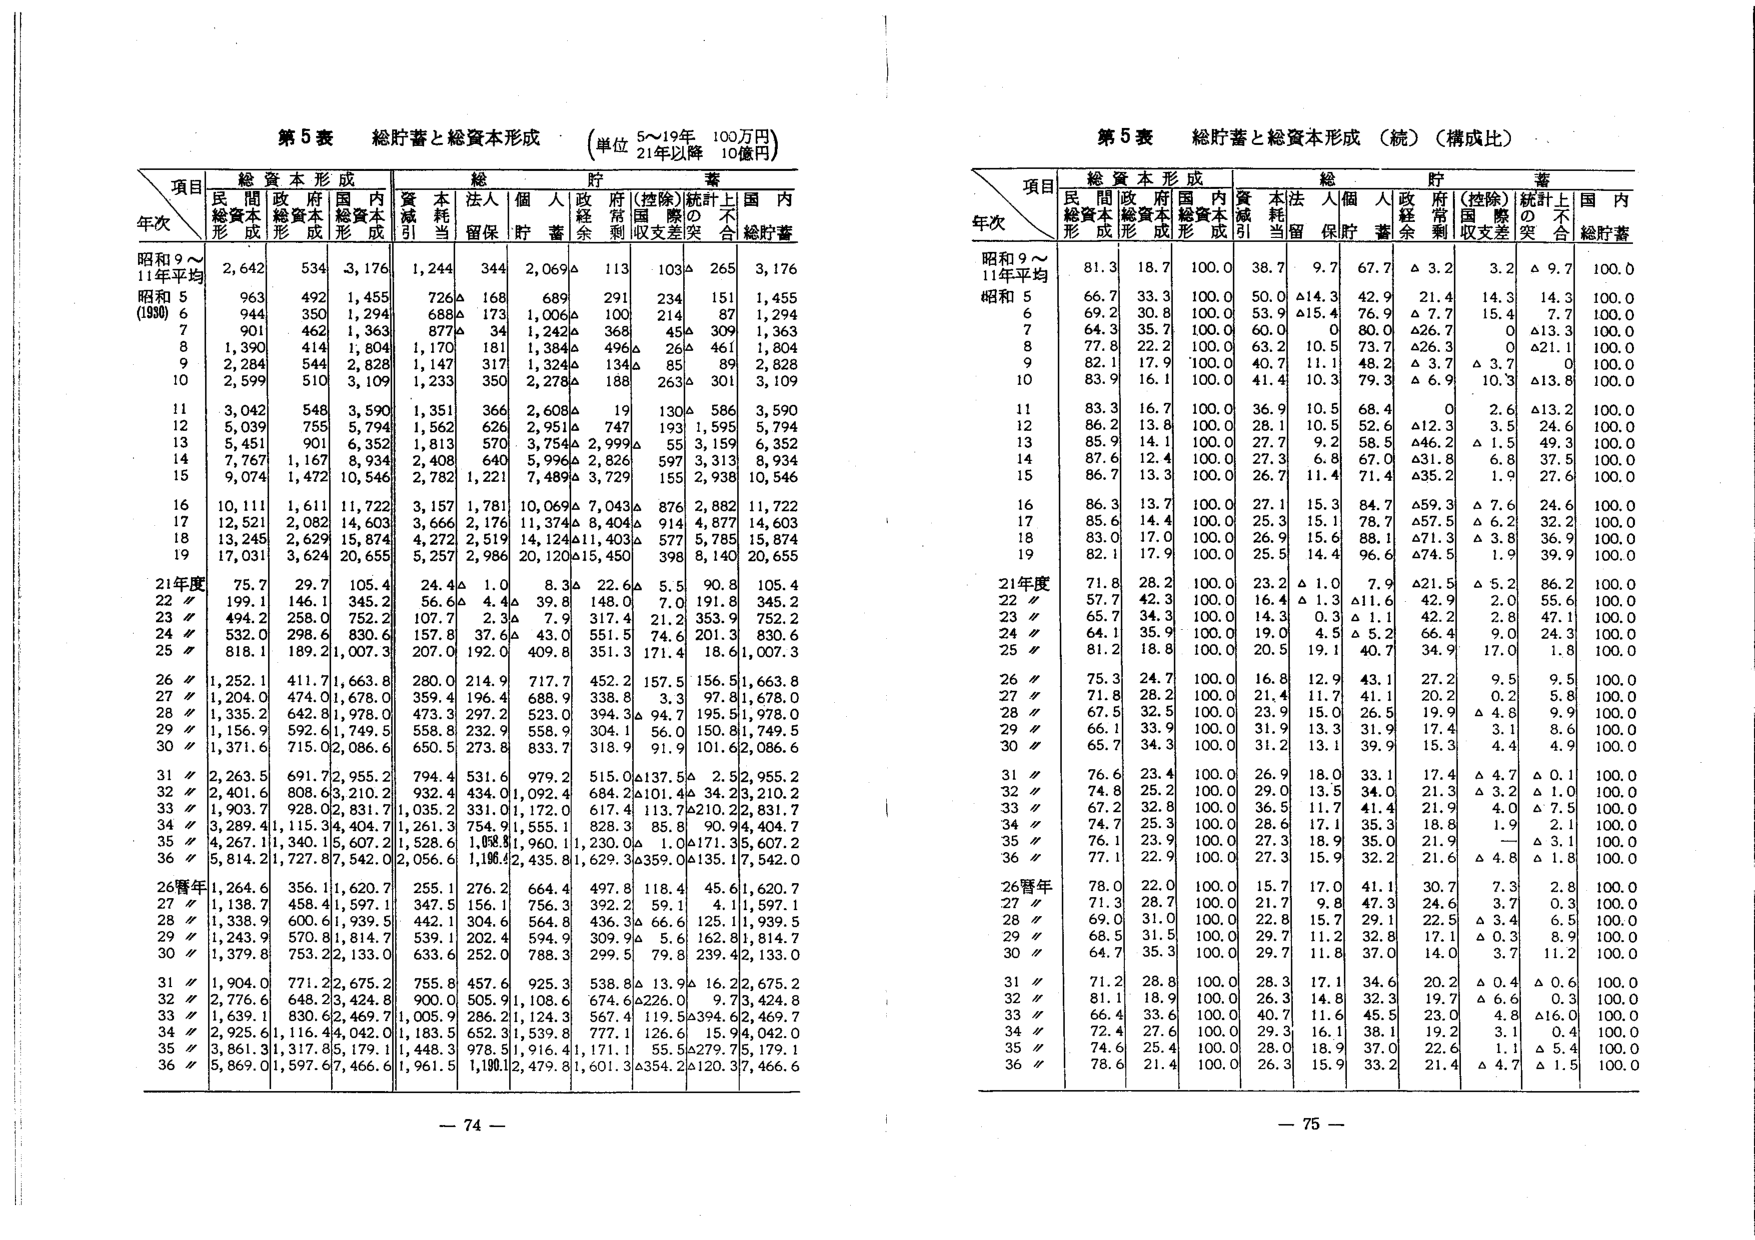
第5表 総貯蓄と総資本形成 （単位 5～19年 100万円 21年以降 10億円）

項目 総資本形成 総貯蓄
年次 民間総資本形成 政府総資本形成 国内総資本形成 資本減引 本耗当 法人留保 個人貯蓄 政府経常余剰 （控除）国収支差 （統計）の突 国内総貯蓄
昭和9～11年平均 2,642 534 3,176 1,244 344 2,069△ 113 103△ 265 3,176
昭和5 (1930) 963 492 1,455 726△ 168 689 291 234 151 1,455
6 944 350 1,294 688△ 173 1,006△ 100 214 87 1,294
7 901 462 1,363 877△ 34 1,242△ 368 45△ 309 1,363
8 1,390 414 1,804 1,170 181 1,384△ 496△ 26△ 461 1,804
9 2,284 544 2,828 1,147 317 1,324△ 134△ 85 89 2,828
10 2,599 510 3,109 1,233 350 2,278△ 188 263△ 301 3,109
11 3,042 548 3,590 1,351 366 2,608△ 19 130△ 586 3,590
12 5,039 755 5,794 1,562 626 2,951△ 747 193 1,595 5,794
13 5,451 901 6,352 1,813 570 3,754△ 2,999△ 55 3,159 6,352
14 7,767 1,167 8,934 2,408 640 5,996△ 2,826 597 3,313 8,934
15 9,074 1,472 10,546 2,782 1,221 7,489△ 3,729 155 2,938 10,546
16 10,111 1,611 11,722 3,157 1,781 10,069△ 7,043△ 876 2,882 11,722
17 12,521 2,082 14,603 3,666 2,176 11,374△ 8,404△ 914 4,877 14,603
18 13,245 2,629 15,874 4,272 2,519 14,124△11,403△ 577 5,785 15,874
19 17,031 3,624 20,655 5,257 2,986 20,120△15,450 398 8,140 20,655
21年度 75.7 29.7 105.4 24.4△ 1.0 8.3△ 22.6△ 5.5 90.8 105.4
22〃 199.1 146.1 345.2 56.6△ 4.4△ 39.8 148.0 7.0 191.8 345.2
23〃 494.2 258.0 752.2 107.7 2.3△ 7.9 317.4 21.2 353.9 752.2
24〃 532.0 298.6 830.6 157.8 37.6△ 43.0 551.5 74.6 201.3 830.6
25〃 818.1 189.2 1,007.3 207.0 192.0 409.8 351.3 171.4 18.6 1,007.3
26〃 1,252.1 411.7 1,663.8 280.0 214.9 717.7 452.2 157.5 156.5 1,663.8
27〃 1,204.0 474.0 1,678.0 359.4 196.4 688.9 338.8 3.3 97.8 1,678.0
28〃 1,335.2 642.8 1,978.0 473.3 297.2 523.0 394.3△ 94.7 195.5 1,978.0
29〃 1,156.9 592.6 1,749.5 558.8 232.9 558.9 304.1 56.0 150.8 1,749.5
30〃 1,371.6 715.0 2,086.6 650.5 273.8 833.7 318.9 91.9 101.6 2,086.6
31〃 2,263.5 691.7 2,955.2 794.4 531.6 979.2 515.0△137.5△ 2.5 2,955.2
32〃 2,401.6 808.6 3,210.2 932.4 434.0 1,092.4 684.2△101.4△ 34.2 3,210.2
33〃 1,903.7 928.0 2,831.7 1,035.2 331.0 1,172.0 617.4 113.7△210.2 2,831.7
34〃 3,289.4 1,115.3 4,404.7 1,261.3 754.9 1,555.1 828.3 85.8 90.3 4,404.7
35〃 4,267.1 1,340.1 5,607.2 1,528.6 1,088.8 1,960.1 1,230.0△ 1.0△171.3 5,607.2
36〃 5,814.2 1,727.8 7,542.0 2,056.6 1,186.2 2,435.8 1,629.3△359.0△135.1 7,542.0
26暦年 1,264.6 356.1 1,620.7 255.1 276.2 664.4 497.8 118.4 45.6 1,620.7
27〃 1,138.7 458.4 1,597.1 347.5 156.1 756.3 392.2 59.1 4.1 1,597.1
28〃 1,338.9 600.6 1,939.5 442.1 304.6 564.8 436.3△ 66.6 125.1 1,939.5
29〃 1,243.9 570.8 1,814.7 539.1 202.4 594.9 309.9△ 5.6 162.8 1,814.7
30〃 1,379.8 753.2 2,133.0 633.6 252.0 788.3 299.5 79.8 239.4 2,133.0
31〃 1,904.0 771.2 2,675.2 755.8 457.6 925.3 538.8△ 13.9△ 16.2 2,675.2
32〃 2,776.6 648.2 3,424.8 900.0 505.9 1,108.6 674.6△226.0 9.7 3,424.8
33〃 1,639.1 830.6 2,469.7 1,005.9 286.2 1,124.3 567.4 119.5△394.6 2,469.7
34〃 2,925.6 1,116.4 4,042.0 1,183.5 652.3 1,539.8 777.1 126.6 15.9 4,042.0
35〃 3,861.3 1,317.8 5,179.1 1,448.3 978.5 1,916.4 1,171.1 55.5△279.7 5,179.1
36〃 5,869.0 1,597.6 7,466.6 1,961.5 1,180.2 2,479.8 1,601.3△354.2△120.3 7,466.6

第5表 総貯蓄と総資本形成（続）（構成比）

項目 総資本形成 総貯蓄
年次 民間総資本形成 政府総資本形成 国内総資本形成 資本減引 本耗当 法人留保 個人貯蓄 政府経常余剰 （控除）国収支差 （統計）の突 国内総貯蓄
昭和9～11年平均 81.3 18.7 100.0 38.7 9.7 67.7 △ 3.2 3.2 △ 9.7 100.0
昭和5 66.7 33.3 100.0 50.0 △14.3 42.9 21.4 14.3 14.3 100.0
6 69.2 30.8 100.0 53.9 △15.4 76.9 △ 7.7 15.4 7.7 100.0
7 64.3 35.7 100.0 60.0 0 80.0 △26.7 0 △13.3 100.0
8 77.8 22.2 100.0 63.2 10.5 73.7 △26.3 0 △21.1 100.0
9 82.1 17.9 100.0 40.7 11.1 48.2 △ 3.7 △ 3.7 0 100.0
10 83.9 16.1 100.0 41.4 10.3 79.3 △ 6.9 10.3 △13.8 100.0
11 83.3 16.7 100.0 36.9 10.5 68.4 0 2.6 △13.2 100.0
12 86.2 13.8 100.0 28.1 10.5 52.6 △12.3 3.5 24.6 100.0
13 85.9 14.1 100.0 27.7 9.2 58.5 △46.2 △ 1.5 49.3 100.0
14 87.6 12.4 100.0 27.3 6.8 67.0 △31.8 6.8 37.5 100.0
15 86.7 13.3 100.0 26.7 11.4 71.4 △35.2 1.9 27.6 100.0
16 86.3 13.7 100.0 27.1 15.3 84.7 △59.3 △ 7.6 24.6 100.0
17 85.6 14.4 100.0 25.3 15.1 78.7 △57.5 △ 6.2 32.2 100.0
18 83.0 17.0 100.0 26.9 15.6 88.1 △71.3 △ 3.8 36.9 100.0
19 82.1 17.9 100.0 25.5 14.4 96.6 △74.5 1.9 39.9 100.0
21年度 71.8 28.2 100.0 23.2 △ 1.0 7.9 △21.5 △ 5.2 86.2 100.0
22〃 57.7 42.3 100.0 16.4 △ 1.3 △11.6 42.9 2.0 55.6 100.0
23〃 65.7 34.3 100.0 14.3 0.3 △ 1.1 42.2 2.8 47.1 100.0
24〃 64.1 35.9 100.0 19.0 4.5 △ 5.2 66.4 9.0 24.3 100.0
25〃 81.2 18.8 100.0 20.5 19.1 40.7 34.9 17.0 1.8 100.0
26〃 75.3 24.7 100.0 16.8 12.9 43.1 27.2 9.5 9.5 100.0
27〃 71.8 28.2 100.0 21.4 11.7 41.1 20.2 0.2 5.8 100.0
28〃 67.5 32.5 100.0 23.9 15.0 26.5 19.9 △ 4.8 9.9 100.0
29〃 66.1 33.9 100.0 31.9 13.3 31.9 17.4 3.1 8.6 100.0
30〃 65.7 34.3 100.0 31.2 13.1 39.9 15.3 4.4 4.9 100.0
31〃 76.6 23.4 100.0 26.9 18.0 33.1 17.4 △ 4.7 △ 0.1 100.0
32〃 74.8 25.2 100.0 29.0 13.5 34.0 21.3 △ 3.2 △ 1.0 100.0
33〃 67.2 32.8 100.0 36.5 11.7 41.4 21.9 4.0 △ 7.5 100.0
34〃 74.7 25.3 100.0 28.6 17.1 35.3 18.8 1.9 2.1 100.0
35〃 76.1 23.9 100.0 27.3 18.9 35.0 21.9 — △ 3.1 100.0
36〃 77.1 22.9 100.0 27.3 15.9 32.2 21.6 △ 4.8 △ 1.8 100.0
26暦年 78.0 22.0 100.0 15.7 17.0 41.1 30.7 7.3 2.8 100.0
27〃 71.3 28.7 100.0 21.7 9.8 47.3 24.6 3.7 0.3 100.0
28〃 69.0 31.0 100.0 22.8 15.7 29.1 22.5 △ 3.4 6.5 100.0
29〃 68.5 31.5 100.0 29.7 11.2 32.8 17.1 △ 0.3 8.9 100.0
30〃 64.7 35.3 100.0 29.7 11.8 37.0 14.0 3.7 11.2 100.0
31〃 71.2 28.8 100.0 28.3 17.1 34.6 20.2 △ 0.4 △ 0.6 100.0
32〃 81.1 18.9 100.0 26.3 14.8 32.3 19.7 △ 6.6 0.3 100.0
33〃 66.4 33.6 100.0 40.7 11.6 45.5 23.0 4.8 △16.0 100.0
34〃 72.4 27.6 100.0 29.3 16.1 38.1 19.2 3.1 0.4 100.0
35〃 74.6 25.4 100.0 28.0 18.9 37.0 22.6 1.1 △ 5.4 100.0
36〃 78.6 21.4 100.0 26.3 15.9 33.2 21.4 △ 4.7 △ 1.5 100.0

－74－
－75－